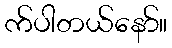
က်ပါတယ်နော်။